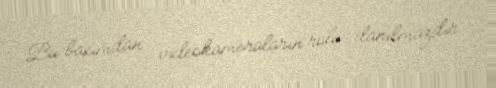
Bu baxımdan videokameraların rolu danılmazdır.